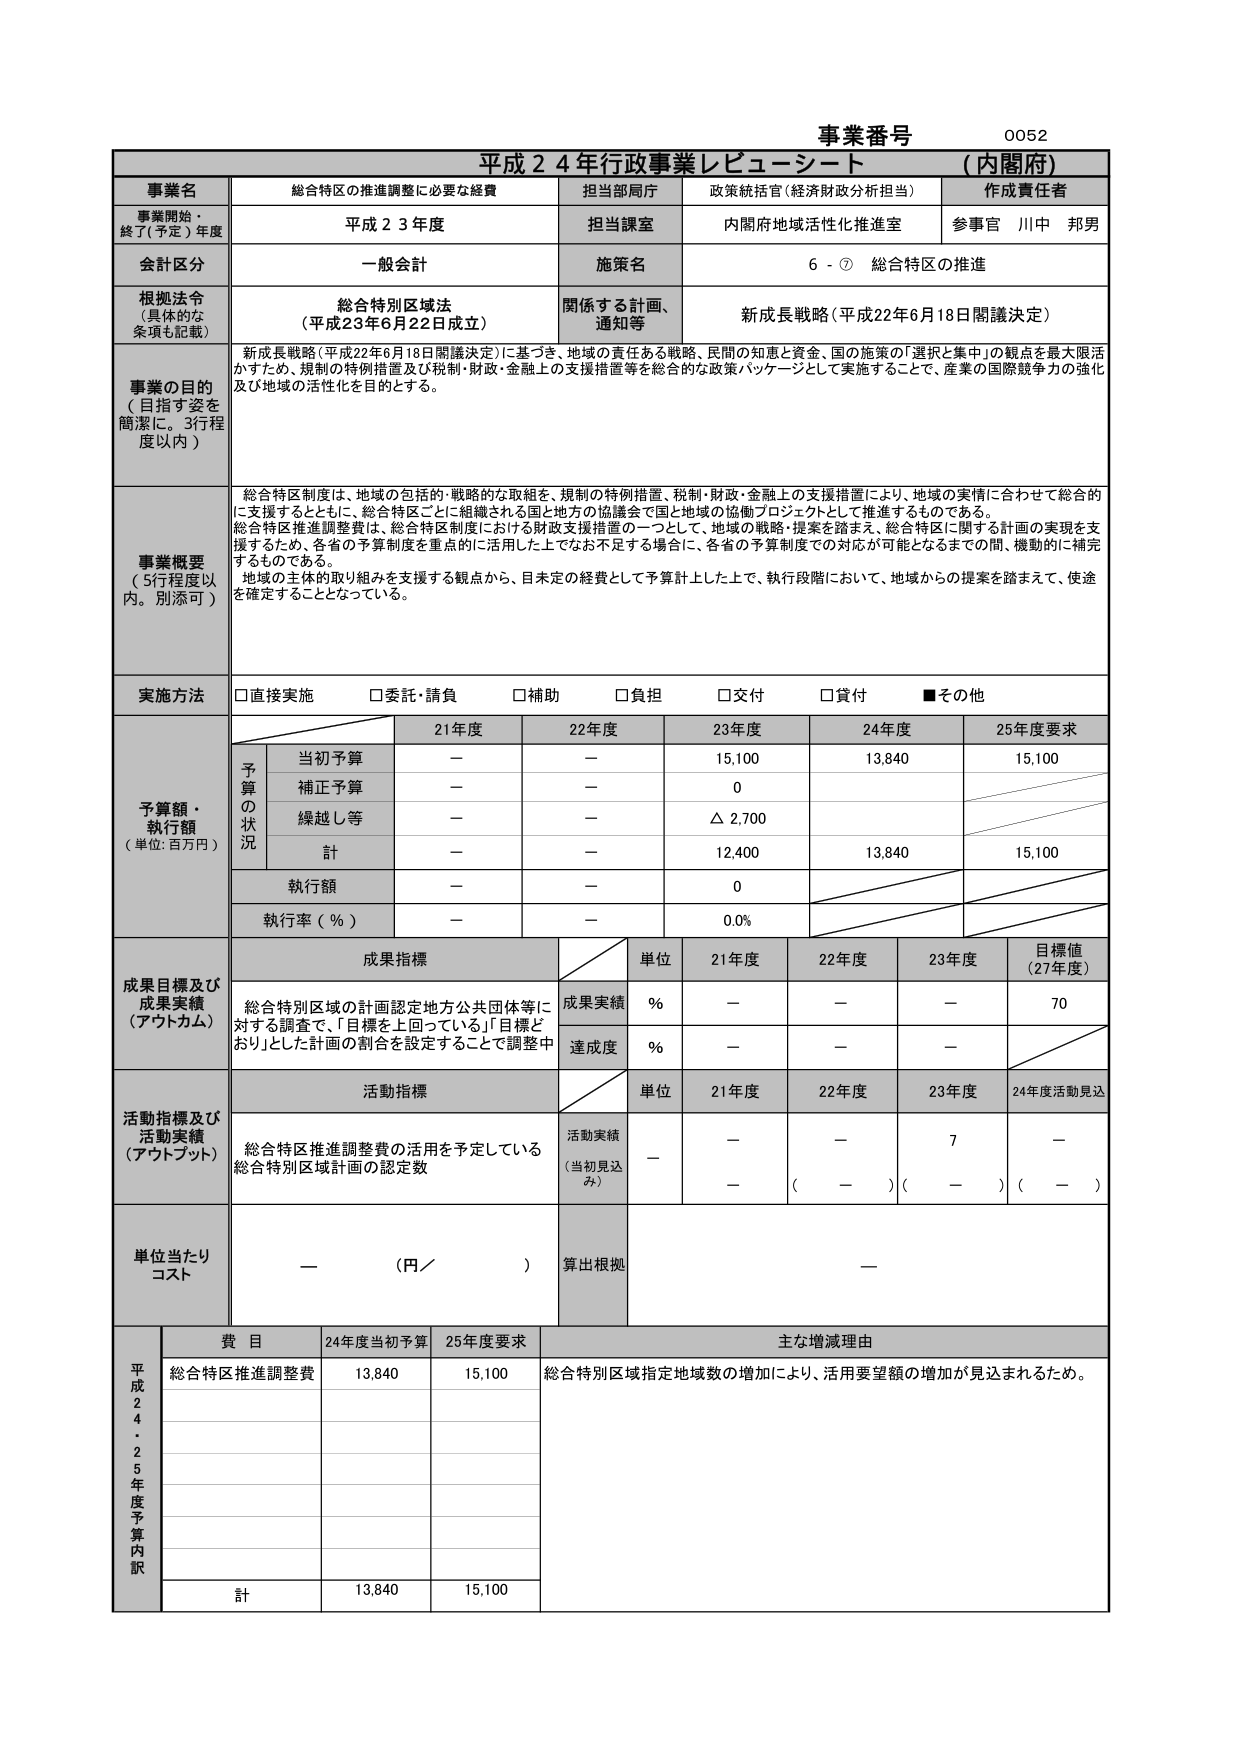
事業番号 0052
平成２４年行政事業レビューシート （内閣府）

事業名 総合特区の推進調整に必要な経費
担当部局庁 政策統括官（経済財政分析担当）
作成責任者 参事官 川中 邦男

事業開始・終了（予定）年度 平成２３年度
担当課室 内閣府地域活性化推進室

会計区分 一般会計
施策名 ６－⑦ 総合特区の推進

根拠法令（具体的な条項も記載） 総合特別区域法（平成23年6月22日成立）
関係する計画、通知等 新成長戦略（平成22年6月18日閣議決定）

事業の目的（目指す姿を簡潔に。3行程度以内）
新成長戦略（平成22年6月18日閣議決定）に基づき、地域の責任ある戦略、民間の知恵と資金、国の施策の「選択と集中」の観点を最大限活かすため、規制の特例措置及び税制・財政・金融上の支援措置等を総合的な政策パッケージとして実施することで、産業の国際競争力の強化及び地域の活性化を目的とする。

事業概要（5行程度以内。別添可）
総合特区制度は、地域の包括的・戦略的な取組を、規制の特例措置、税制・財政・金融上の支援措置により、地域の実情に合わせて総合的に支援するとともに、総合特区ごとに組織される国と地方の協議会で国と地域の協働プロジェクトとして推進するものである。
総合特区推進調整費は、総合特区制度における財政支援措置の一つとして、地域の戦略・提案を踏まえ、総合特区に関する計画の実現を支援するため、各省の予算制度を重点的に活用した上でなお不足する場合に、各省の予算制度での対応が可能となるまでの間、機動的に補完するものである。
地域の主体的取り組みを支援する観点から、目未定の経費として予算計上した上で、執行段階において、地域からの提案を踏まえて、使途を確定することとなっている。

実施方法 □直接実施 □委託・請負 □補助 □負担 □交付 □貸付 ■その他

予算額・執行額（単位：百万円）
予算の状況
21年度 22年度 23年度 24年度 25年度要求
当初予算 － － 15,100 13,840 15,100
補正予算 － － 0
繰越し等 － － △ 2,700
計 － － 12,400 13,840 15,100
執行額 － － 0
執行率（％） － － 0.0%

成果目標及び成果実績（アウトカム）
成果指標
単位 21年度 22年度 23年度 目標値（27年度）
成果実績 ％ － － － 70
達成度 ％ － － －

活動指標及び活動実績（アウトプット）
活動指標
単位 21年度 22年度 23年度 24年度活動見込
活動実績（当初見込み） － － 7 －
（ － ）（ － ）（ － ）

単位当たりコスト 一 （円／ ） 算出根拠 一

平成24～25年度予算内訳
費目 24年度当初予算 25年度要求 主な増減理由
総合特区推進調整費 13,840 15,100 総合特別区域指定地域数の増加により、活用要望額の増加が見込まれるため。
計 13,840 15,100